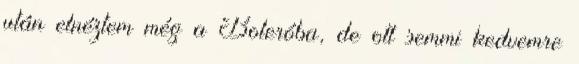
után elnéztem még a Boleróba, de ott semmi kedvemre